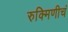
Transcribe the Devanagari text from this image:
रुक्मिणीचं